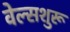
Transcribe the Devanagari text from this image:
वेल्सशुरू